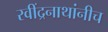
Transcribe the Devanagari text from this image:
रवींद्रनाथांनीच